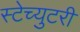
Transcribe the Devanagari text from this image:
स्टेच्युटरी